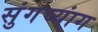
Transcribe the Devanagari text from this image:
सुंगच्यांग